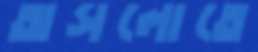
অসলোতে